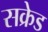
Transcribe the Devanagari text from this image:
सक्रेड